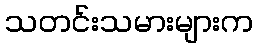
သတင်းသမားများက